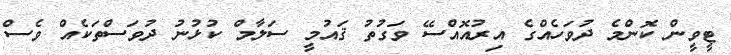
ޓީވީން ކޮންމެ ދުވަހެއްގެ އިރުއޮއްސޭ ވަގުތު ޤައުމީ ސަލާމް ކުޅުނު ދުވަސްތަކެއް ވެސް